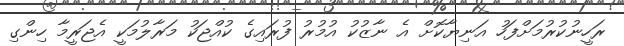
ރަހީނުކުރުމަށްފަހު އަނިޔާކޮށް އެ ނާޒުކު އުމުރު ފުރައިގެ ކުއްޖަކު މަރާލުމަކީ އެޖަރީމާ ހިންގި